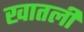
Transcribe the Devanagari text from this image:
खातली